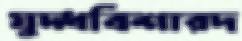
যুদ্ধবিশারদ